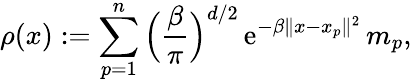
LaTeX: \rho(x):=\sum_{p=1}^{n}\Big(\frac{\beta}{\pi}\Big)^{d/2}\, \mathrm{e}^{-\beta\| x-x_{p}\| ^{2}}\, m_{p},